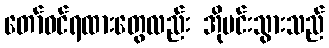
တော်ဝင်ရထားတွေလည်း အိုမင်းသွားသည်